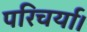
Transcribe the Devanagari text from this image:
परिचर्या।